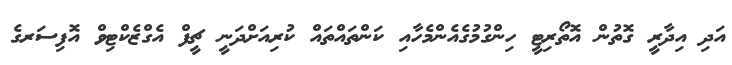
އަދި އިދާރީ ގޮތުން އޮތޯރިޓީ ހިންގުމުގެއެންމެހާއި ކަންތައްތައް ކުރިއަށްދަނީ ޗީފް އެގްޒެކްޓިވް އޮފިސަރގެ